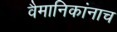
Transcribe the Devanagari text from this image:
वैमानिकांनाच